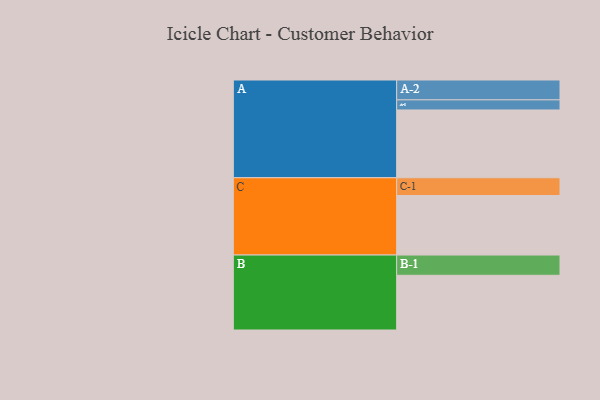
{"axis": {"x": "Segment", "y": "Value"}, "legend": ["", "A", "B", "C"], "data": [{"x": "A", "y": 550, "type": ""}, {"x": "B", "y": 444, "type": ""}, {"x": "C", "y": 483, "type": ""}, {"x": "A-1", "y": 82, "type": "A"}, {"x": "A-2", "y": 161, "type": "A"}, {"x": "B-1", "y": 164, "type": "B"}, {"x": "C-1", "y": 144, "type": "C"}]}